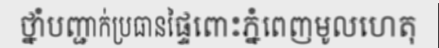
ថ្នាំបញ្ជាក់ប្រធានផ្ទៃពោះភ្នំពេញមូលហេតុ